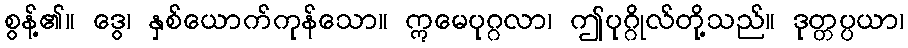
စွန့်၏။ ဒွေ၊ နှစ်ယောက်ကုန်သော။ ဣမေပုဂ္ဂလာ၊ ဤပုဂ္ဂိုလ်တို့သည်။ ဒုတ္တပ္ပယာ၊